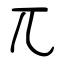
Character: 兀